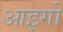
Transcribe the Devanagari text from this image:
आइगो